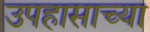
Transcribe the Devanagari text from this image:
उपहासाच्या